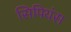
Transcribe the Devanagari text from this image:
सिपियंस